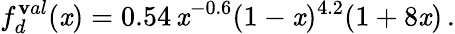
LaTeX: f_{d}^{\mathbf{v}al}(\mathit{x})=0.54\, \mathit{x}^{-0.6}(1-\mathit{x})^{4.2}(1+8\mathit{x})\, .